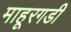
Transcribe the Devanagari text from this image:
माहूरगडी